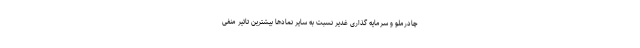
چادرملو و سرمایه گذاری غدیر نسبت به سایر نمادها بیشترین تاثیر منفی